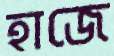
হাজে